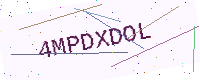
Text: 4MPDXDOL